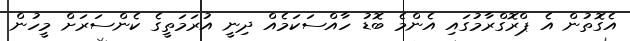
އެގޮތުން އެ ޕްރޮގްރާމުގައި އެންމެ ބޮޑު ހާއްސަކަމެއް ދިނީ އުރަމަތީގެ ކެންސަރަށް މީހުން